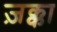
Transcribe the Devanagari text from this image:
ज़क्का